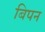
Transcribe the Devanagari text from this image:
बिपन